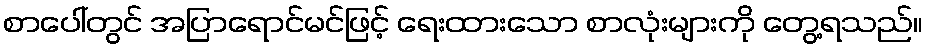
စာပေါ်တွင် အပြာရောင်မင်ဖြင့် ရေးထားသော စာလုံးများကို တွေ့ရသည်။